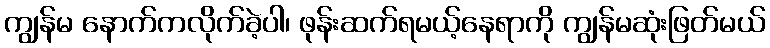
ကျွန်မ နောက်ကလိုက်ခဲ့ပါ၊ ဖုန်းဆက်ရမယ့်နေရာကို ကျွန်မဆုံးဖြတ်မယ်